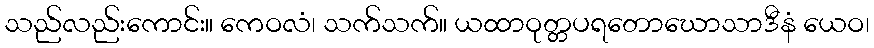
သည်လည်းကောင်း။ ကေဝလံ၊ သက်သက်။ ယထာဝုတ္တပရတောဃောသာဒီနံ ယေဝ၊